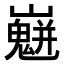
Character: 𡾛